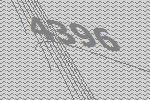
4396